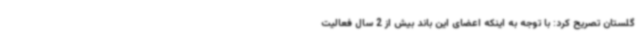
گلستان تصریح کرد: با توجه به اینکه اعضای این باند بیش از 2 سال فعالیت